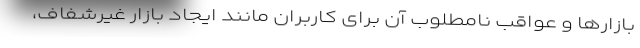
بازارها و عواقب نامطلوب آن برای کاربران مانند ایجاد بازار غیرشفاف،